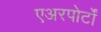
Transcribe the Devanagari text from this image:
एअरपोर्टों